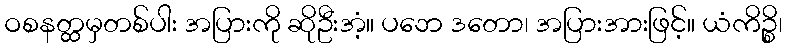
ဝစနတ္ထမှတစ်ပါး အပြားကို ဆိုဦးအံ့။ ပဘေ ဒတော၊ အပြားအားဖြင့်။ ယံကိဉ္စိ၊